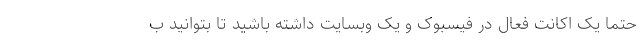
حتما یک اکانت فعال در فیسبوک و یک وبسایت داشته باشید تا بتوانید ب